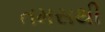
તમસથી